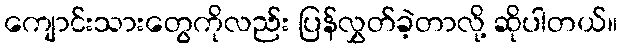
ကျောင်းသားတွေကိုလည်း ပြန်လွှတ်ခဲ့တာလို့ ဆိုပါတယ်။